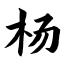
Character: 杨